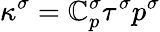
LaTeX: \kappa^{\sigma}=\mathbb{C}_{p}^{\sigma}\tau^{\sigma}p^{\sigma}